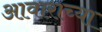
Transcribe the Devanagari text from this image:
आवाराच्या